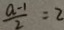
\frac { a - 1 } { 2 } = 2